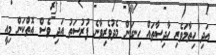
އަދި ހިތާމަވެރި ހާދިސާތައް ހިނގަން މެދުވެރިވާނެ ފުރުސަތު އަދި ވެސް އޮތްކަން މިއީ